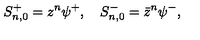
S _ { n , 0 } ^ { + } = z ^ { n } \psi ^ { + } , \quad S _ { n , 0 } ^ { - } = \bar { z } ^ { n } \psi ^ { - } ,